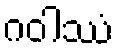
ဂဝါဿံ